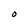
Character: O